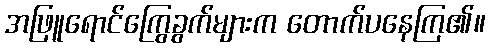
အဖြူရောင်ကြွေခွက်များက တောက်ပနေကြ၏။